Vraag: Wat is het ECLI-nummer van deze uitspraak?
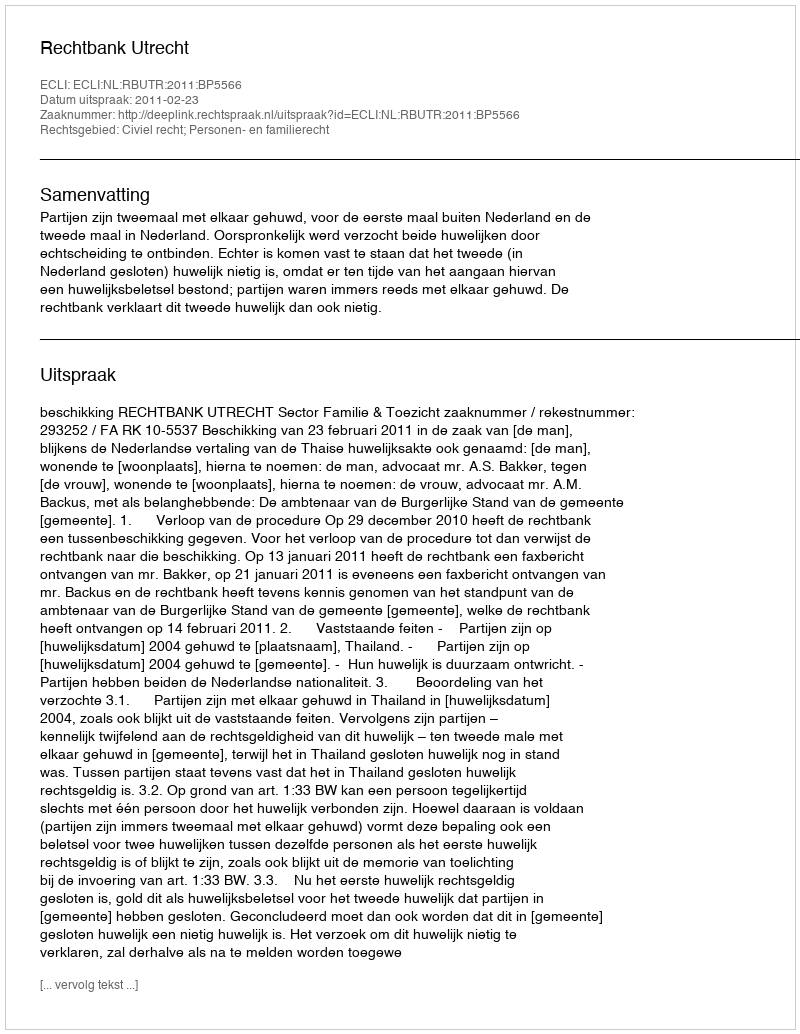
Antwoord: ECLI:NL:RBUTR:2011:BP5566